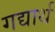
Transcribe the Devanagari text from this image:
गद्यार्थ